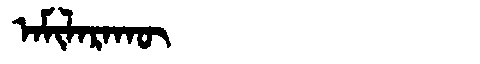
Manchu: ᠠᠮᡳᠯᠠᡵᠠᡴᡡ
Romanization: AMILARAKŪ